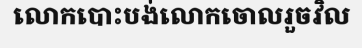
លោកបោះបង់លោកចោលរួចវិល